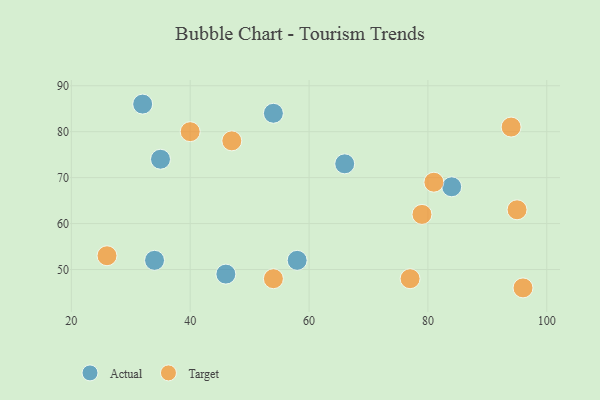
{"axis": {"x": "GDP", "y": "Life Expectancy"}, "legend": ["Actual", "Target"], "data": [{"x": "66", "y": 73, "type": "Actual"}, {"x": "54", "y": 84, "type": "Actual"}, {"x": "35", "y": 74, "type": "Actual"}, {"x": "34", "y": 52, "type": "Actual"}, {"x": "46", "y": 49, "type": "Actual"}, {"x": "32", "y": 86, "type": "Actual"}, {"x": "84", "y": 68, "type": "Actual"}, {"x": "58", "y": 52, "type": "Actual"}, {"x": "95", "y": 63, "type": "Target"}, {"x": "81", "y": 69, "type": "Target"}, {"x": "77", "y": 48, "type": "Target"}, {"x": "94", "y": 81, "type": "Target"}, {"x": "40", "y": 80, "type": "Target"}, {"x": "96", "y": 46, "type": "Target"}, {"x": "47", "y": 78, "type": "Target"}, {"x": "79", "y": 62, "type": "Target"}, {"x": "26", "y": 53, "type": "Target"}, {"x": "54", "y": 48, "type": "Target"}]}